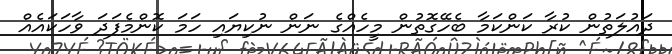
ދައުލަތުން ކުރާ ކަންކަމާ ބެހޭގޮތުން މީހެއްގެ ނަން ނުކިޔައި ހަމަ ކޮންމެފަދަ ވާހަކައެއް